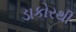
ડાકોરથી